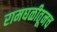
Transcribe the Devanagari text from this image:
रामघळीतूनच